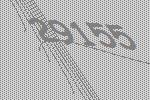
29155